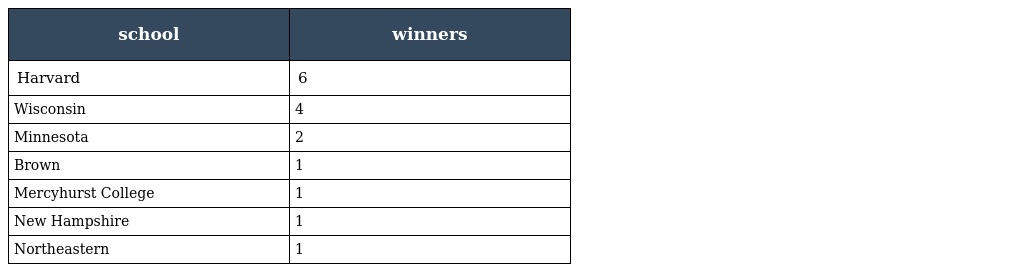
| school | winners |
 | --- | --- |
 | Harvard | 6 |
 | Wisconsin | 4 |
 | Minnesota | 2 |
 | Brown | 1 |
 | Mercyhurst College | 1 |
 | New Hampshire | 1 |
 | Northeastern | 1 |